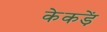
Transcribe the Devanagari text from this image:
केकड़ें